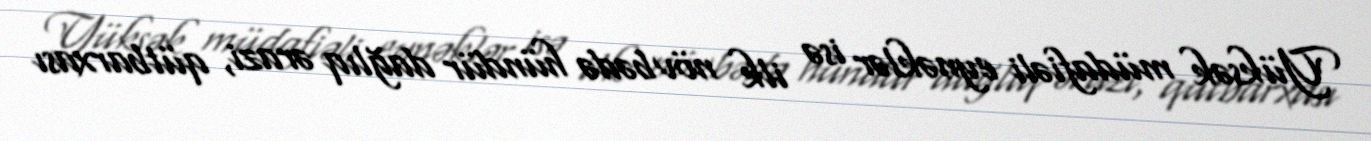
Yüksək müdafiəli eynəklər isə ilk növbədə hündür dağlıq ərazi, qütbarxası